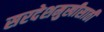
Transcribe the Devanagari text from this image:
सरदेशमुखीसाठी